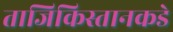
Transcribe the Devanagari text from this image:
ताजिकिस्तानकडे